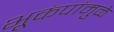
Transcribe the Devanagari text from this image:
भूकंपांमुळे